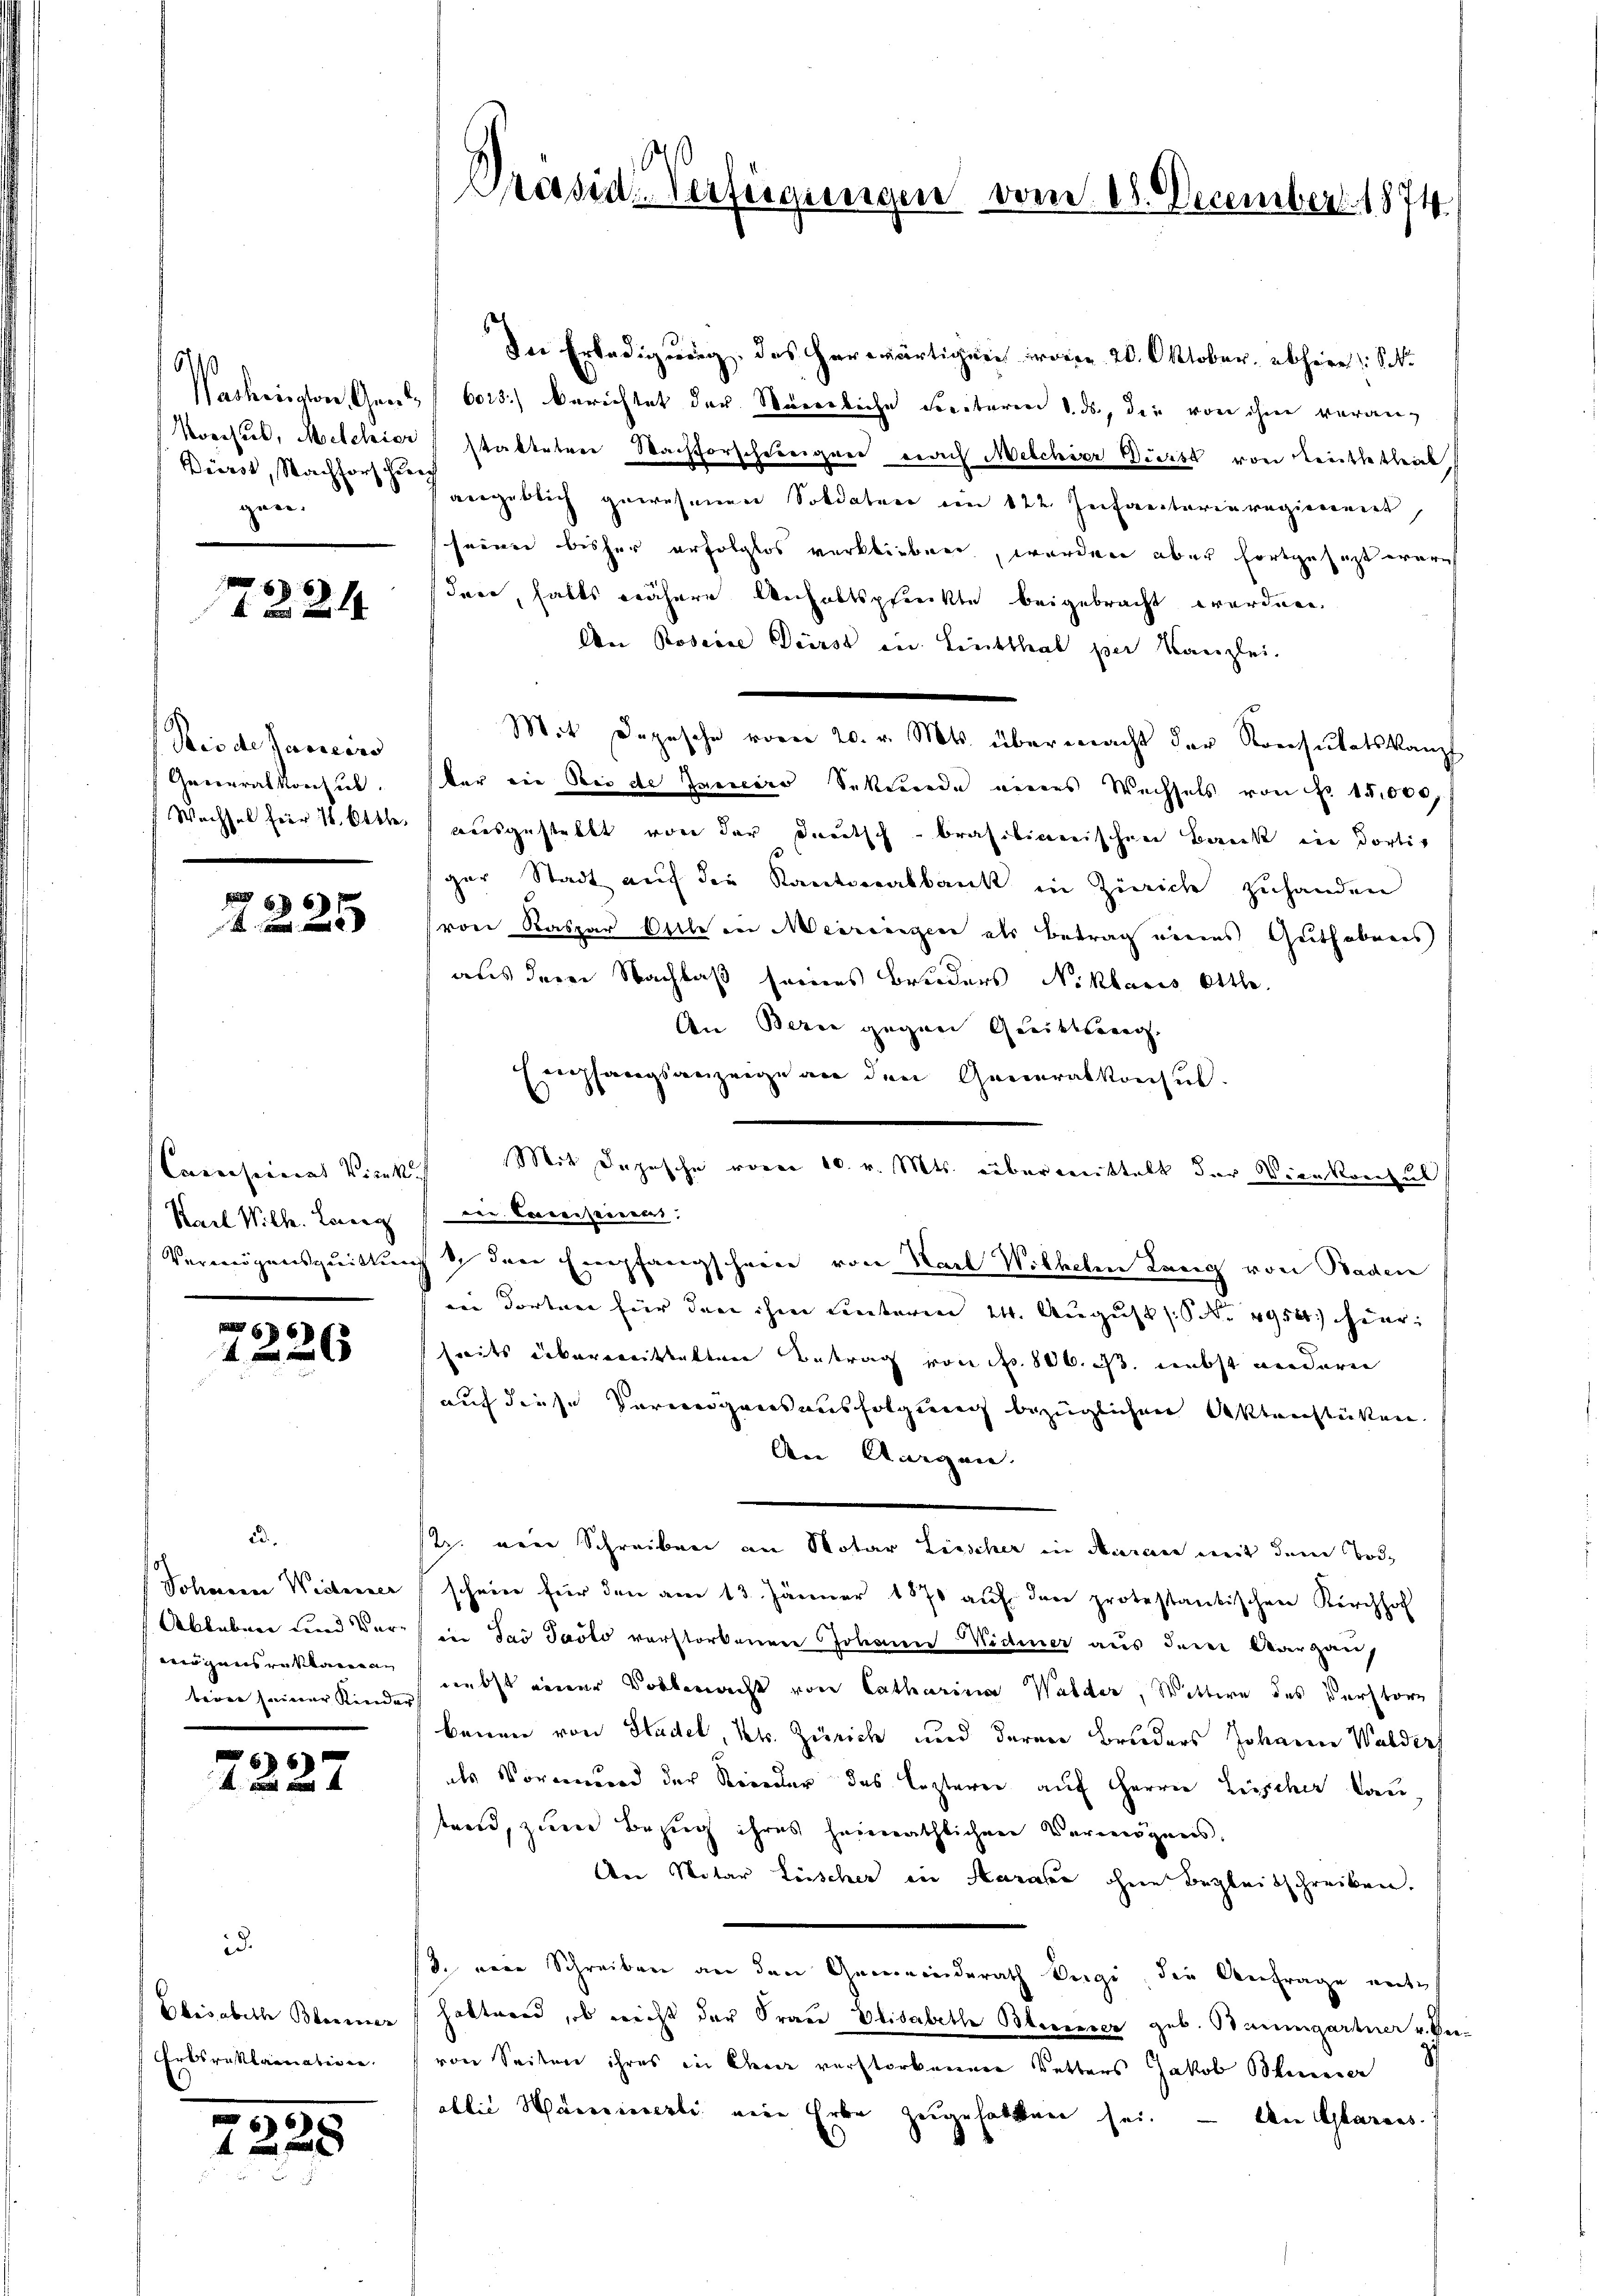
224

Die de Pareins
Generalkonsul
Wachsel für 16. Ottte.

6 § 6
4 x 2

6
1226

66)
A und nun

id.
Ebes abelle Blasier
Erbsreklamatione

2228

6/10
Dierst, Nachfors Zürch
gen.

Conenseines Vicek |
Karl Wilh. Lang

ed.
Johdenen Weiterner
Ableben und Verögens reklaman
beren seiner Kinder

Passid-Verfügungen vom 18. December 1874

In Erledigung, das herwärtigen waren 20. Oktober. abherr Sch
Waskensaton, Gens 6015) Berichtet der Würenliche Secetaren 1. ds, den von ihre veran¬
Moritus, Metelier statteten Wachforscheinigen nach Melchior Durst von Leitletheil
vergeblich gewesenen Soldaten ein 122. Infanterieregierent,
seien bisher erfolglos verblieben, werden aber fortgesezt war
dare, halts nähere Mechaltspfeeckte beigebracht worden.
An Poscere Dürst in Lentthal per Kanzlei.
Mit Depesche vom 20. v. Mts. übermacht der Konsulatskanzl
der ein Sei der Janeiro Sekunde eines Wechsels von Nr. 15,000
ausgestellt von der Deutsch brasilienischen Banck ein dortig
ger Stadt aŭf die Kantonalbank in Zürich zuhanden
(von Kaspar Ottle in Meiringen als Betrag eines Guthabens
aus dem Nachlaß seines Bruders Niklaris Ottle.
An Berie gegen Quittsweg.
Empfangsanzeige an den Generalkonsul
der. Casessererers
Vermögensquittung & den Empfangschein von Karl Wilhelm Lang von Baden
inn dorten für den ihm unterm 24. August No. 4954 hier:
seits überweittelten Betrag von Fr. 806. s. nebst anderer
auf diese Verweigensausfolgung bezüglichen Oektenstücken.
An Aargau.
/7. eine Schreiben an Notar Liescher in daran mit dem Tode
schwier für den am 13. Jänner 1871 auf den protestantischen Kirchhof
inn das Paolo verstorbenen Johann Widmer aus der Obergau,
nebst einer Vollmacht von Catharina Walder, Wittwe des Verstore
benen von Stadel, Kts. Zürich und deren Bruders Johann Walder
des Vormund der Rieder das lezterer auf Herren Lisscher lau
tand, zum Bezug ihres heimathlichen Vermögens,
An Notar Lüscher in Harale ohne Begleitschreiben.
3. ein Schreiben an den Gemeinderath ergi, die Anfrage enthattend, ob nicht der Frau Elisabethe Besserer geb. Baumgartner v. Bei-
von Seiten ihres in Chener verstorbenen Vetters Jakob Bleier
ablie Hauseinerli eine Erbe zugehalten sei. — An Glarus.

Mit Depesche voren 10. v. Mts. überwittelt der Vicekonsul